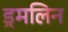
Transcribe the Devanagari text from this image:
ड्रमलिन